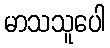
မာသသူပေါ